Report on the lunatic asylums under the Government of Bombay - 1904-1913
Year: 1904
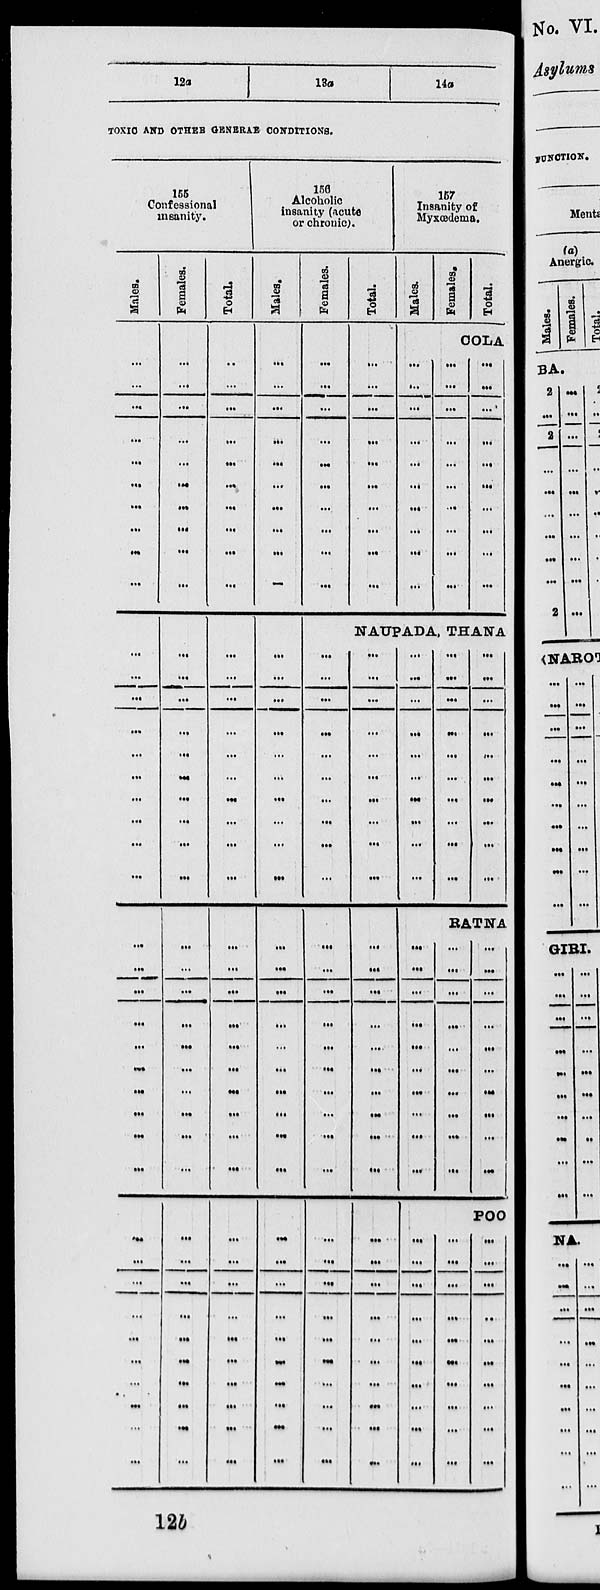
12a
13a
14a
TOXIC AND OTHER GENERAL CONDITIONS.
155
Confessional
insanity.
Males.
...
...
...
...
...
...
...
...
...
...
...
...
...
...
...
...
...
...
...
...
...
...
...
...
...
...
...
...
...
...
...
...
...
...
...
...
...
...
...
...
...
Females.
...
...
...
...
...
...
...
...
...
...
...
...
...
...
...
...
...
...
...
...
...
...
...
...
...
...
...
...
...
...
...
...
...
...
...
...
...
...
...
...
...
Total.
...
...
...
...
...
...
...
...
...
...
...
...
...
...
...
...
...
...
...
...
...
...
...
...
...
...
...
...
...
...
...
...
...
...
...
...
...
...
...
...
...
156
Alcoholic
insanity (acute
or chronic).
Males.
...
...
...
...
...
...
...
...
...
...
...
...
...
...
...
...
...
...
...
...
...
...
...
...
...
...
...
...
...
...
...
...
...
...
...
...
...
...
...
...
Females.
...
...
...
...
...
...
...
...
...
...
Total.
...
...
...
...
...
...
...
...
...
...
157
Insanity of
Mykœdema.
Males.
Females.
Total.
COLA
...
...
...
...
...
...
...
...
...
...
...
...
...
...
...
...
...
...
...
...
...
...
...
...
...
...
...
...
...
...
NAUPADA, THANA
...
...
...
...
...
...
...
...
...
...
...
...
...
...
...
...
...
...
...
...
...
...
...
...
...
...
...
...
...
...
...
...
...
...
...
...
...
...
...
...
...
...
...
...
...
...
...
...
...
...
...
...
...
...
...
...
...
...
...
...
...
...
...
...
...
...
...
...
...
...
...
...
...
...
...
...
...
...
...
...
...
...
...
...
...
...
...
...
...
RATNA
...
...
...
...
...
...
...
...
...
...
...
...
...
...
...
...
...
...
...
...
...
...
...
...
...
...
...
...
...
...
POO
...
...
...
...
...
...
...
...
...
...
...
...
...
...
...
...
...
...
...
...
...
...
...
...
...
...
...
...
...
...
12b